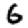
Digit: 6